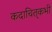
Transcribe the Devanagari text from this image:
कदाचित्‌कभी